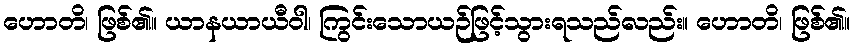
ဟောတိ၊ ဖြစ်၏။ ယာနယာယီဝါ၊ ကြွင်းသောယဉ်ဖြင့်သွားရသည်လည်း။ ဟောတိ၊ ဖြစ်၏။